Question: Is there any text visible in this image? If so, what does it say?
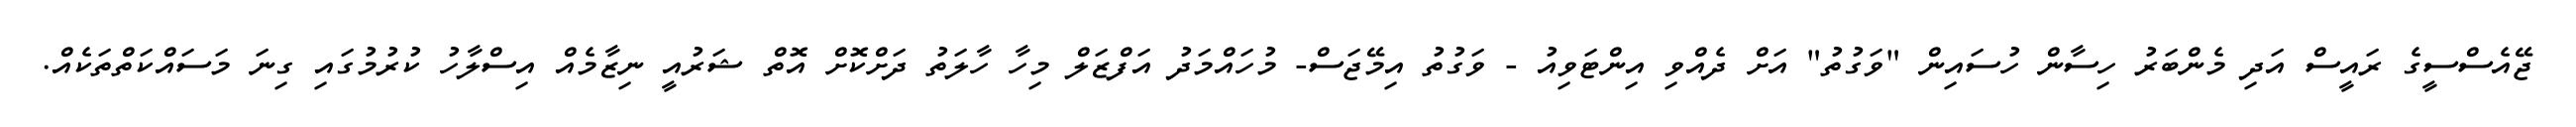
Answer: ޖޭއެސްސީގެ ރައީސް އަދި މެންބަރު ހިސާން ހުސައިން "ވަގުތު" އަށް ދެއްވި އިންޓަވިއު - ވަގުތު އިމޭޖަސް- މުހައްމަދު އަފްޒަލް މިހާ ހާލަތު ދަށްކޮށް އޮތް ޝަރުއީ ނިޒާމެއް އިސްލާހު ކުރުމުގައި ގިނަ މަސައްކަތްތަކެއް.